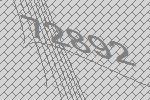
72892